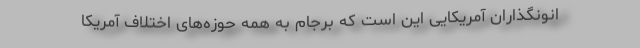
انونگذاران آمریکایی این است که برجام به همه حوزه‌های اختلاف آمریکا